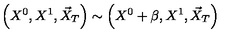
\left( X ^ { 0 } , X ^ { 1 } , \vec { X } _ { T } \right) \sim \left( X ^ { 0 } + \beta , X ^ { 1 } , \vec { X } _ { T } \right)